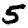
Digit: 5